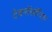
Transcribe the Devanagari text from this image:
टेक्नॉलॉजिस